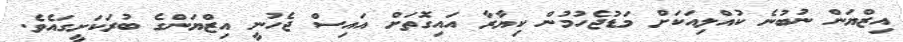
އިޒްޔަން ނުބުނެ ކުއްލިއަކަށް މަޑުޖެހުމުން ކިޔާރާ އައިގޮތަށް އައިސް ޖެހުނީ އިޒްޔަންގެ ބުރަކަށީގައެވެ.